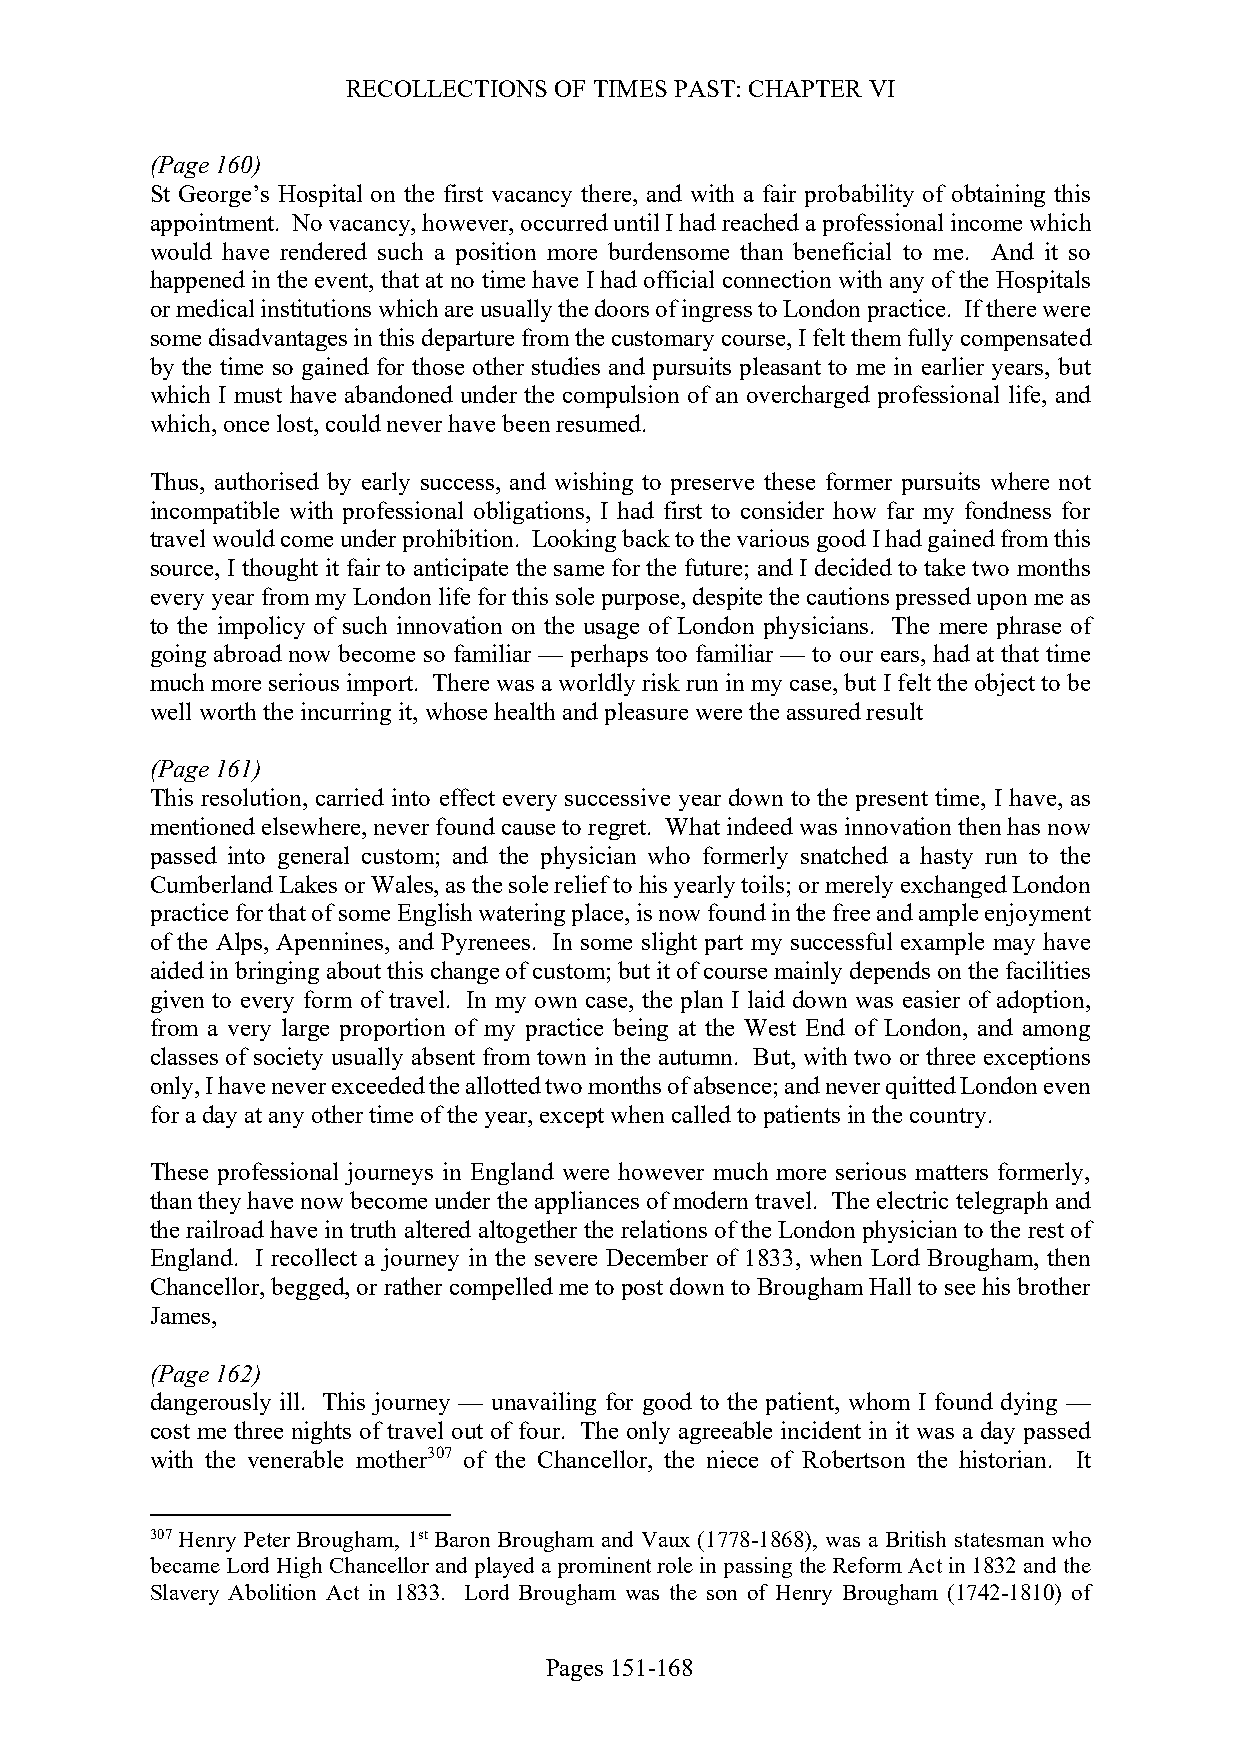
RECOLLECTIONS OF TIMES PAST: CHAPTER VI
 (Page 160)
 St George’s Hospital on the first vacancy there, and with a fair probability of obtaining this
 appointment. No vacancy, however, occurred until I had reached a professional income which
 would have rendered such a position more burdensome than beneficial to me. And it so
 happened in the event, that at no time have I had official connection with any of the Hospitals
 or medical institutions which are usually the doors of ingress to London practice. If there were
 some disadvantages in this departure from the customary course, I felt them fully compensated
 by the time so gained for those other studies and pursuits pleasant to me in earlier years, but
 which I must have abandoned under the compulsion of an overcharged professional life, and
 which, once lost, could never have been resumed.
 Thus, authorised by early success, and wishing to preserve these former pursuits where not
 incompatible with professional obligations, I had first to consider how far my fondness for
 travel would come under prohibition. Looking back to the various good I had gained from this
 source, I thought it fair to anticipate the same for the future; and I decided to take two months
 every year from my London life for this sole purpose, despite the cautions pressed upon me as
 to the impolicy of such innovation on the usage of London physicians. The mere phrase of
 going abroad now become so familiar — perhaps too familiar — to our ears, had at that time
 much more serious import. There was a worldly risk run in my case, but I felt the object to be
 well worth the incurring it, whose health and pleasure were the assured result
 (Page 161)
 This resolution, carried into effect every successive year down to the present time, I have, as
 mentioned elsewhere, never found cause to regret. What indeed was innovation then has now
 passed into general custom; and the physician who formerly snatched a hasty run to the
 Cumberland Lakes or Wales, as the sole relief to his yearly toils; or merely exchanged London
 practice for that of some English watering place, is now found in the free and ample enjoyment
 of the Alps, Apennines, and Pyrenees. In some slight part my successful example may have
 aided in bringing about this change of custom; but it of course mainly depends on the facilities
 given to every form of travel. In my own case, the plan I laid down was easier of adoption,
 from a very large proportion of my practice being at the West End of London, and among
 classes of society usually absent from town in the autumn. But, with two or three exceptions
 only, I have never exceeded the allotted two months of absence; and never quitted London even
 for a day at any other time of the year, except when called to patients in the country.
 These professional journeys in England were however much more serious matters formerly,
 than they have now become under the appliances of modern travel. The electric telegraph and
 the railroad have in truth altered altogether the relations of the London physician to the rest of
 England. I recollect a journey in the severe December of 1833, when Lord Brougham, then
 Chancellor, begged, or rather compelled me to post down to Brougham Hall to see his brother
 James,
 (Page 162)
 dangerously ill. This journey — unavailing for good to the patient, whom I found dying —
 cost me three nights of travel out of four. The only agreeable incident in it was a day passed
 with the venerable mother307 of the Chancellor, the niece of Robertson the historian. It
 307 Henry Peter Brougham, 1st Baron Brougham and Vaux (1778-1868), was a British statesman who
 became Lord High Chancellor and played a prominent role in passing the Reform Act in 1832 and the
 Slavery Abolition Act in 1833. Lord Brougham was the son of Henry Brougham (1742-1810) of
 Pages 151-168